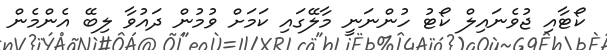
ކޯޓާއި ޖުވެނައިލް ކޯޓު ހުންނަނީ މާލޭގައި ކަމަށް ވުމުން ދައުވާ ލިބޭ އެންމެން